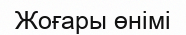
Жоғары өнімі